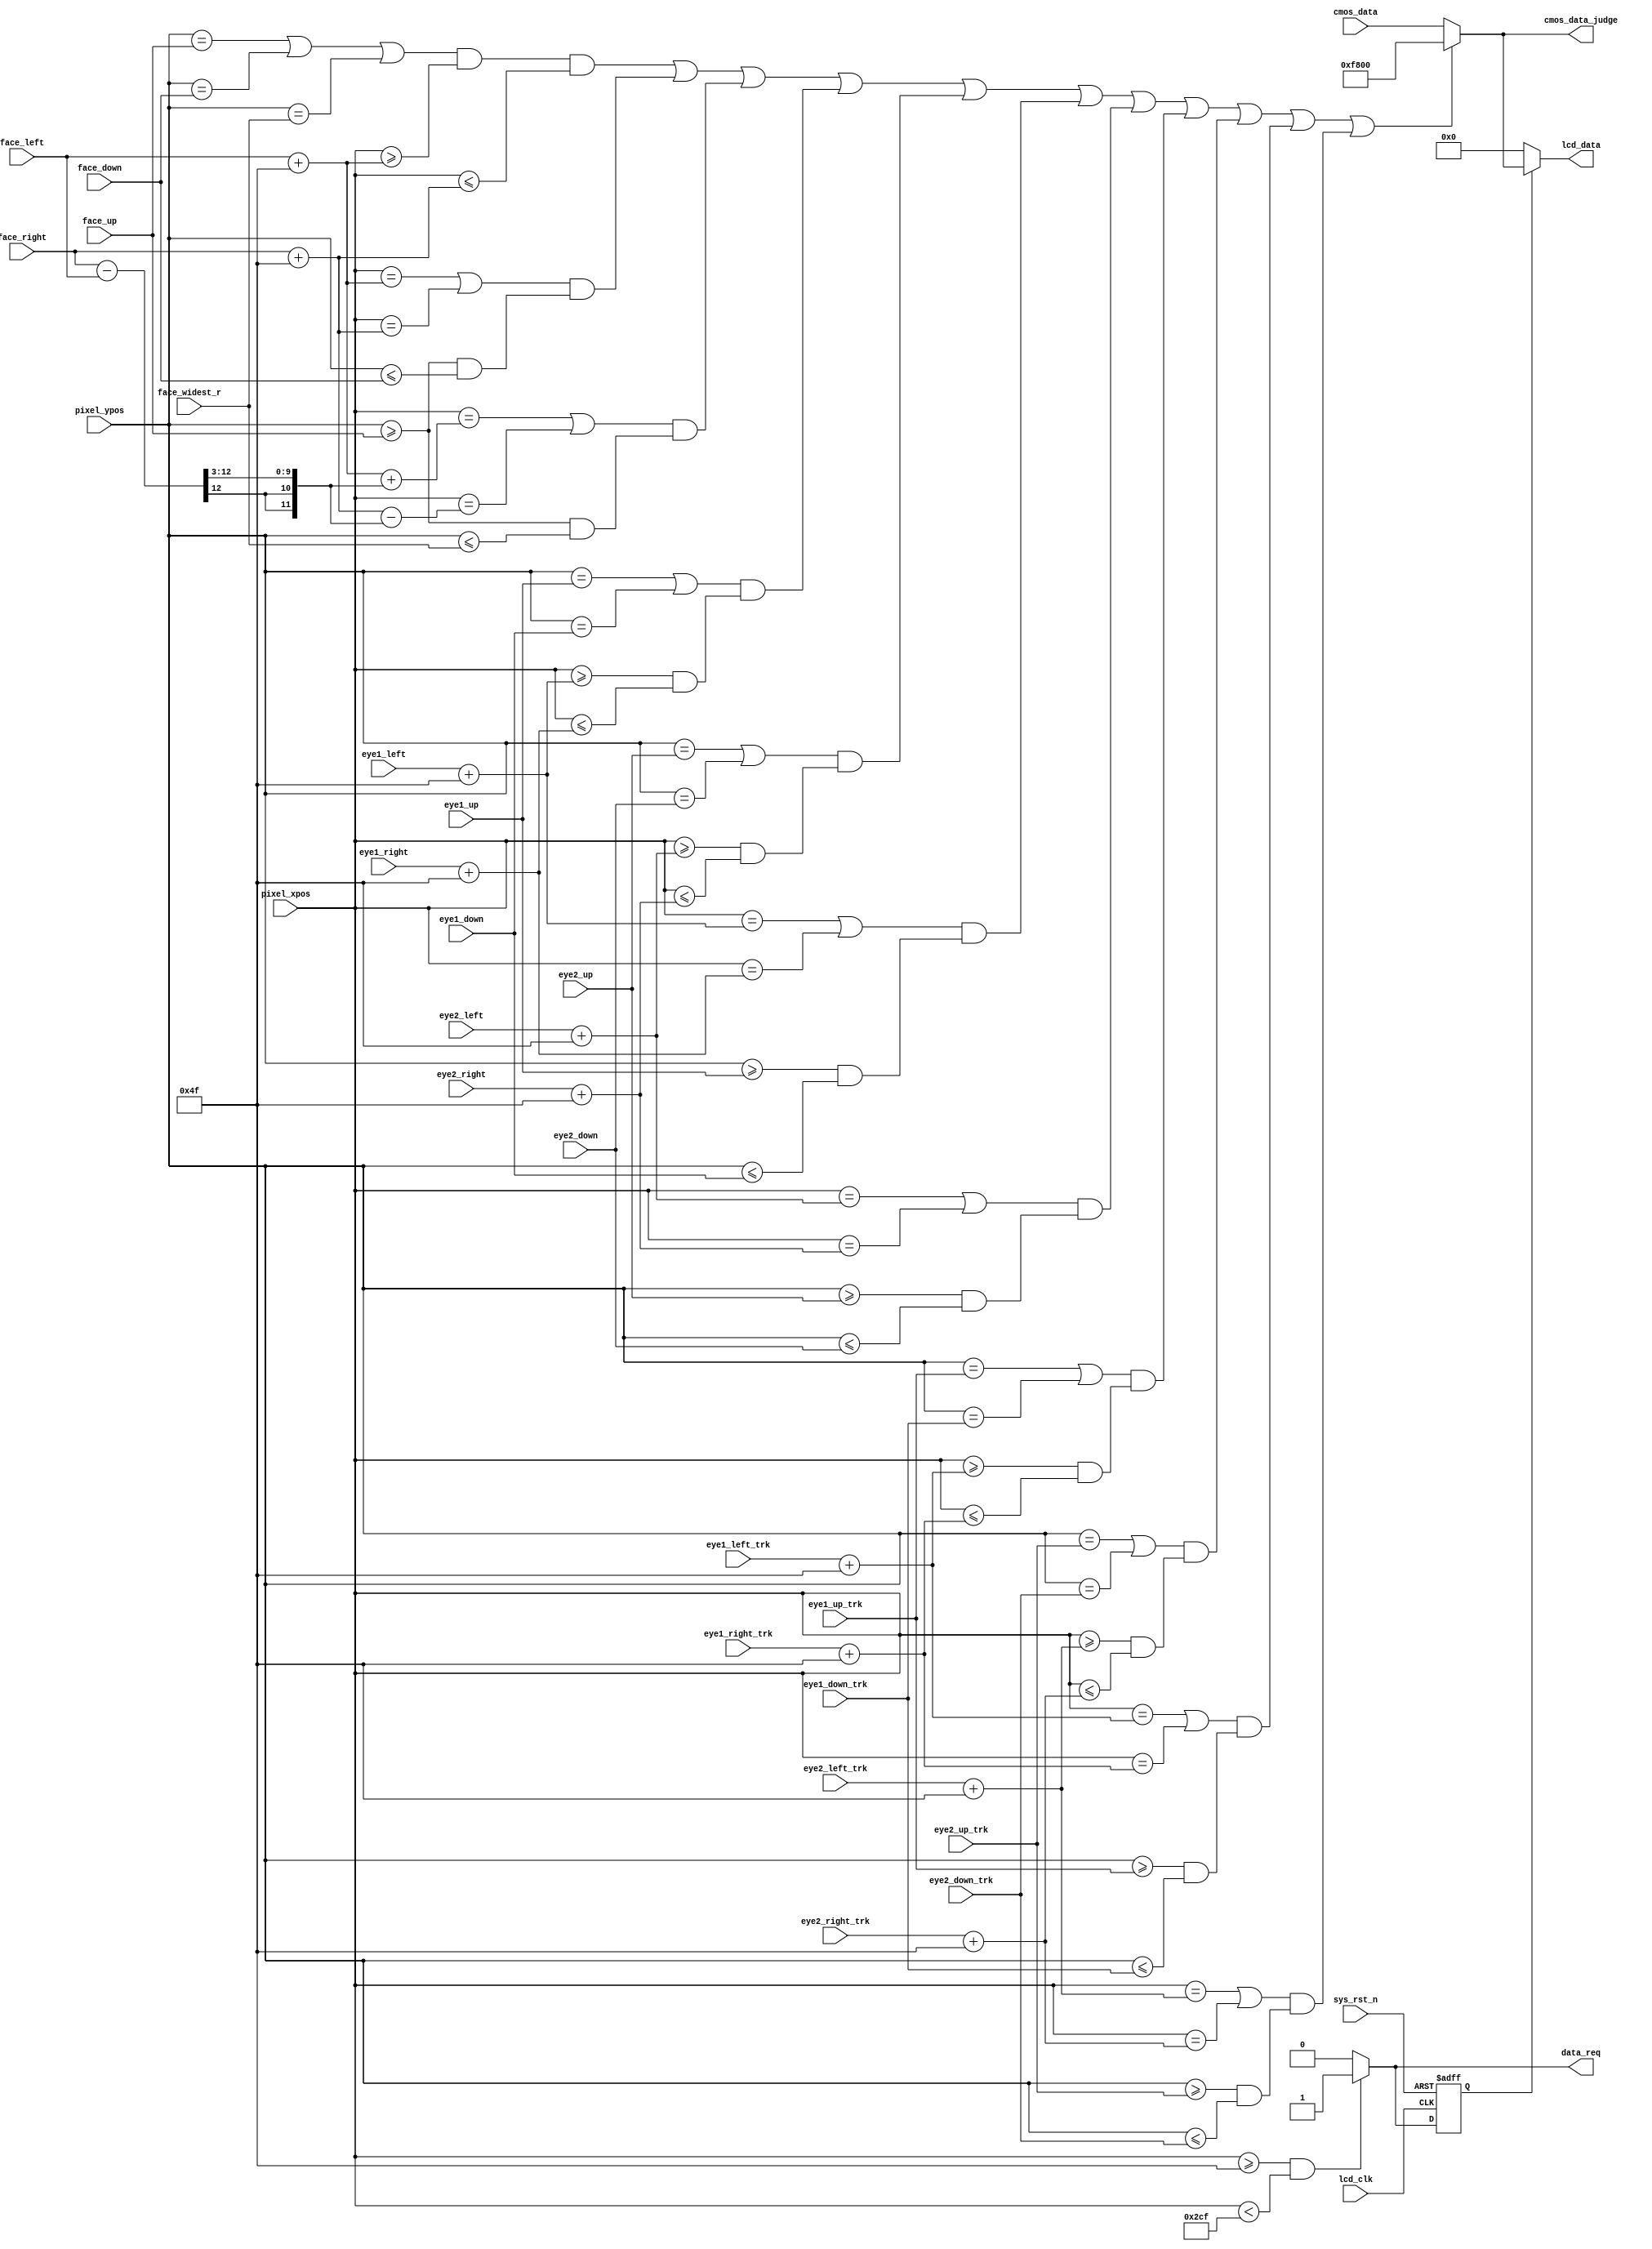
//****************************************Copyright (c)***********************************//
//www.openedv.com
//http://openedv.taobao.com 
//""FPGA & STM32
//
//Copyright(C)  2018-2028
//All rights reserved                               
//----------------------------------------------------------------------------------------
// File name:           lcd_rgb_top
// Last modified Date:  2018/3/21 13:58:23
// Last Version:        V1.0
// Descriptions:        LCD
//                      LCD800*480,CMOS600*480,CMOSLCD
//----------------------------------------------------------------------------------------
// Created by:          
// Created date:        2018/3/21 13:58:23
// Version:             V1.0
// Descriptions:        The original version
//
//----------------------------------------------------------------------------------------
//****************************************************************************************//

module lcd_display(
    input             lcd_clk,                    //lcd
    input             sys_rst_n,                  //
    input      [11:0] face_left                ,  //
    input      [11:0] face_right               ,  //
    input      [11:0] face_up                  ,  //
    input      [11:0] face_down                ,  //  
    
    input      [11:0] face_widest_r            ,  //  
    
    input      [10:0] eye1_up                  ,  //
    input      [10:0] eye1_down                ,  // 
    input      [10:0] eye1_left                ,  //
    input      [10:0] eye1_right               ,  //
       
    input      [10:0] eye2_up                  ,  //
    input      [10:0] eye2_down                ,  //    
    input      [10:0] eye2_left                ,  //
    input      [10:0] eye2_right               ,  //
    
    input [10:0] eye1_up_trk                   ,          //
    input [10:0] eye1_down_trk                 ,          // 
    input [10:0] eye1_left_trk                 ,          //
    input [10:0] eye1_right_trk                ,          //

    input [10:0] eye2_up_trk                   ,          //
    input [10:0] eye2_down_trk                 ,          //    
    input [10:0] eye2_left_trk                 ,          //
    input [10:0] eye2_right_trk                ,          //  
    
    input      [10:0] pixel_xpos,                 //
    input      [10:0] pixel_ypos,                 //   
    input      [15:0] cmos_data,                  //CMOS
    output     [15:0] lcd_data,                   //LCD
    output            data_req ,                   //
    output   [15:0]  cmos_data_judge                //
    );    

//parameter define  
parameter  H_LCD_DISP = 11'd800;                //LCD
parameter  H_CMOS_DISP = 11'd640;               //CMOS

localparam BLACK  = 16'b00000_000000_00000;     //RGB565 

//   define  
reg    data_val            ;           //

//wire define
wire    [10:0]  display_border_pos_l;           //
wire    [10:0]  display_border_pos_r;           //
wire    [11:0]  face_left_pos;           //
wire    [11:0]  face_right_pos;           //

wire    [11:0]  face_left2_pos;           //
wire    [11:0]  face_right2_pos;           //

wire    [10:0]  eye1_left_pos                ;  //
wire    [10:0]  eye1_right_pos               ;  //
    
wire    [10:0]  eye2_left_pos                ;  //
wire    [10:0]  eye2_right_pos               ;  //

wire    [10:0]  eye1_left_trk_pos                ;  //
wire    [10:0]  eye1_right_trk_pos               ;  //
    
wire    [10:0]  eye2_left_trk_pos                ;  //
wire    [10:0]  eye2_right_trk_pos               ;  //
//*****************************************************
//**                    main code
//*****************************************************

// (800-640)/2-1 = 79
assign display_border_pos_l  = (H_LCD_DISP - (H_CMOS_DISP) >> 1)-1;

// 640 + (800-640)/2-1 = 719
assign display_border_pos_r = H_CMOS_DISP + ((H_LCD_DISP - H_CMOS_DISP) >> 1)-1;

//
assign face_left_pos = face_left + 79 ;

//
assign face_right_pos = face_right + 79 ;

assign eye1_left_pos  = eye1_left  + 79 ;
assign eye1_right_pos = eye1_right + 79 ;
assign eye2_left_pos  = eye2_left  + 79 ;
assign eye2_right_pos = eye2_right + 79 ;

assign eye1_left_trk_pos  = eye1_left_trk  + 79 ;
assign eye1_right_trk_pos = eye1_right_trk + 79 ;
assign eye2_left_trk_pos  = eye2_left_trk  + 79 ;
assign eye2_right_trk_pos = eye2_right_trk + 79 ;

assign face_left2_pos = (face_left + 79) + ((face_right - face_left) >> 3 );

assign face_right2_pos = (face_right + 79) - ((face_right - face_left) >> 3 );


// :79~718640
assign data_req = ((pixel_xpos >= display_border_pos_l) &&
                  (pixel_xpos < display_border_pos_r)) ? 1'b1 : 1'b0;

//
assign cmos_data_judge = ( ( (pixel_ypos == face_up || pixel_ypos == face_down || pixel_ypos == face_widest_r) && pixel_xpos >= face_left_pos && pixel_xpos <= face_right_pos ) 
                            || ( (pixel_xpos == face_left_pos || pixel_xpos == face_right_pos) && (pixel_ypos >= face_up && pixel_ypos <= face_down )) 
                            ||((pixel_xpos == face_left2_pos || pixel_xpos == face_right2_pos) && (pixel_ypos >= face_up && pixel_ypos <= face_widest_r ))
                            ||(pixel_ypos == eye1_up || pixel_ypos == eye1_down) && (pixel_xpos >= eye1_left_pos && pixel_xpos <= eye1_right_pos)
                            ||(pixel_ypos == eye2_up || pixel_ypos == eye2_down) && (pixel_xpos >= eye2_left_pos && pixel_xpos <= eye2_right_pos)
                            ||(pixel_xpos == eye1_left_pos || pixel_xpos == eye1_right_pos ) && (pixel_ypos >= eye1_up && pixel_ypos <= eye1_down)
                            ||(pixel_xpos == eye2_left_pos || pixel_xpos == eye2_right_pos ) && (pixel_ypos >= eye2_up && pixel_ypos <= eye2_down)
                            ||(pixel_ypos == eye1_up_trk || pixel_ypos == eye1_down_trk) && (pixel_xpos >= eye1_left_trk_pos && pixel_xpos <= eye1_right_trk_pos)
                            ||(pixel_ypos == eye2_up_trk || pixel_ypos == eye2_down_trk) && (pixel_xpos >= eye2_left_trk_pos && pixel_xpos <= eye2_right_trk_pos)
                            ||(pixel_xpos == eye1_left_trk_pos || pixel_xpos == eye1_right_trk_pos ) && (pixel_ypos >= eye1_up_trk && pixel_ypos <= eye1_down_trk)
                            ||(pixel_xpos == eye2_left_trk_pos || pixel_xpos == eye2_right_trk_pos ) && (pixel_ypos >= eye2_up_trk && pixel_ypos <= eye2_down_trk)) ? 16'b1111100000000000 : cmos_data;
                                
//LCD
assign lcd_data = data_val ? cmos_data_judge : BLACK;
//assign lcd_data = data_val ? cmos_data : BLACK;

//,
always @(posedge lcd_clk or negedge sys_rst_n) begin
    if(!sys_rst_n)
    
//*****************************//

    data_val <= 1'b0;    
    
//***************************************************************//    
        
    else
        data_val <= data_req;
end    

endmodule